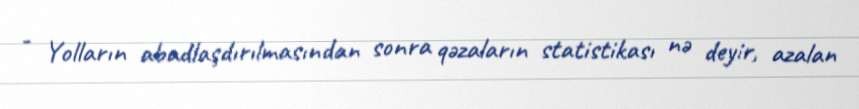
- Yolların abadlaşdırılmasından sonra qəzaların statistikası nə deyir, azalan